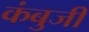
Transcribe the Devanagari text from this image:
कंबुजी